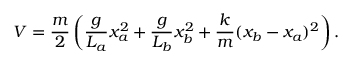
V = { \frac { m } { 2 } } \left( { \frac { g } { L _ { a } } } x _ { a } ^ { 2 } + { \frac { g } { L _ { b } } } x _ { b } ^ { 2 } + { \frac { k } { m } } ( x _ { b } - x _ { a } ) ^ { 2 } \right) .